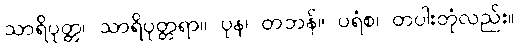
သာရိပုတ္တ၊ သာရိပုတ္တရာ။ ပုန၊ တဘန်။ ပရံစ၊ တပါးတုံလည်း။